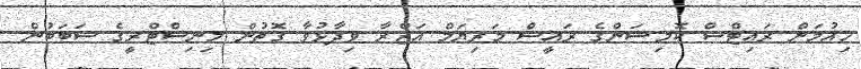
ހިއުމަން ރައިޓްސް ކޮމިޝަންގެ ރައީސް މަރިޔަމް އަޒްރާ ވިދާޅުވާ ގޮތުން މިނިސްޓްރީގެ ސަބަބުން